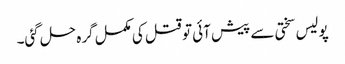
پولیس سختی سے پیش آئی تو قتل کی مکمل گرہ حل گئی۔